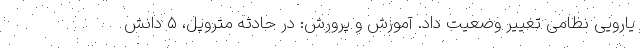
یارویی نظامی تغییر وضعیت داد. آموزش و پرورش: در حادثه متروپل، ۵ دانش